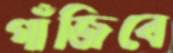
গাঁজিবে